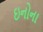
ઇનોના